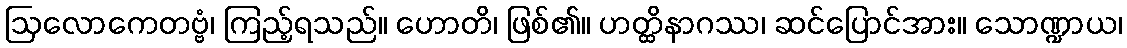
ဩလောကေတဗ္ဗံ၊ ကြည့်ရသည်။ ဟောတိ၊ ဖြစ်၏။ ဟတ္ထိနာဂဿ၊ ဆင်ပြောင်အား။ သောဏ္ဍာယ၊